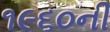
૧૯૬૦ની